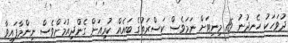
ދުވަހަކު ހެނދުނު 15 މިނިޓަށް ނަމަވެސް ކަސްރަތުގެ ބައެއް ކުރިއަށް ގެންދިއުމަށްވެސް ނިންމާފައިވާ